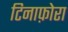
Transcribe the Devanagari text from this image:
टिनाफ़ोरा